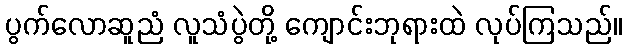
ပွက်လောဆူညံ လူသံပွဲတို့ ကျောင်းဘုရားထဲ လုပ်ကြသည်။